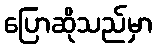
ပြောဆိုသည်မှာ